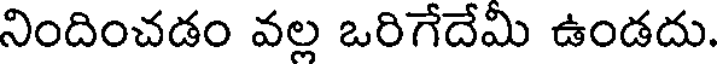
నిందించడం వల్ల ఒరిగేదేమి ఉండదు.